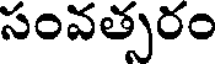
సంవత్సరం